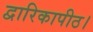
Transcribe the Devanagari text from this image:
द्वारिकापीठ।